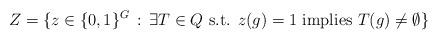
\begin{align*} Z = \{z \in \{0,1\}^G\,:\,\exists T \in Q\mbox{ s.t. } z(g)=1 \mbox{ implies } T(g)\neq\emptyset\} \end{align*}